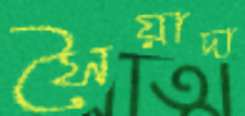
সৈয়াদা